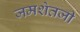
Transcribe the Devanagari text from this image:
जमशेतजी